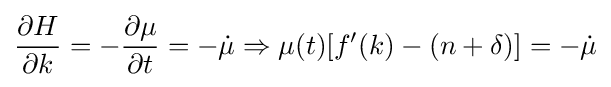
{\frac {\partial H}{\partial k}}=-{\frac {\partial \mu }{\partial t}}=-{\dot {\mu }}\Rightarrow \mu (t)[f'(k)-(n+\delta )]=-{\dot {\mu }}